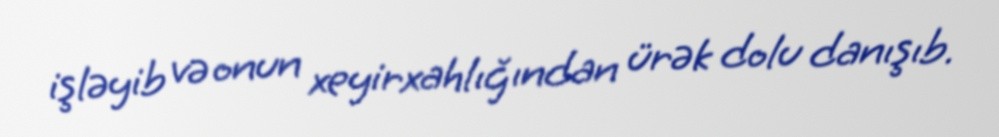
işləyib və onun xeyirxahlığından ürək dolu danışıb.